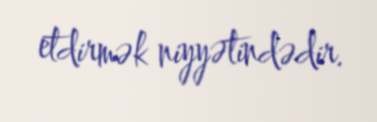
etdirmək niyyətindədir.